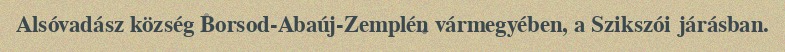
Alsóvadász község Borsod-Abaúj-Zemplén vármegyében, a Szikszói járásban.